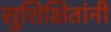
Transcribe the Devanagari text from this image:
सुशिक्षितांनी